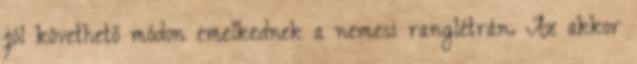
jól követhető módon emelkednek a nemesi ranglétrán. Az akkor